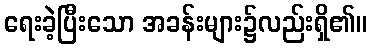
ရေးခဲ့ပြီးသော အခန်းများ၌လည်းရှိ၏။